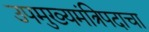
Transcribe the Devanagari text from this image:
उपमुख्यमंत्रिपदाचा